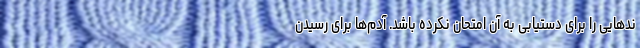
ندهایی را برای دستیابی به آن امتحان نکرده باشد. آدم‌ها برای رسیدن